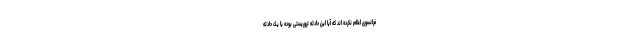
فرانسوی اعلام نکرده اند که آیا این حادثه تروریستی بوده یا یک حادثه